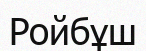
Ройбұш